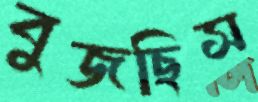
বুজছিস